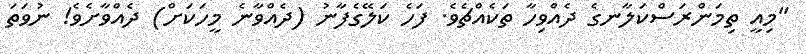
"މިއީ ތިމަންރަސްކަލާނގެ ދެއްވިހާ ތަކެއްޗެވެ. ފަހެ ކަލޭގެފާނު (ދެއްވާނެ މީހަކަށް) ދެއްވާށެވެ! ނުވަތަ